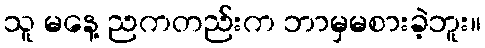
သူ မနေ့ ညကတည်းက ဘာမှမစားခဲ့ဘူး။